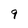
Character: 9